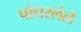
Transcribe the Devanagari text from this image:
पांघरलेले